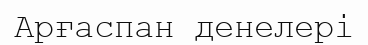
Арғаспан денелері